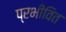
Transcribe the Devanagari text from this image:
प्रभीवित